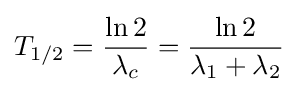
T_{1/2}={\frac {\ln 2}{\lambda _{c}}}={\frac {\ln 2}{\lambda _{1}+\lambda _{2}}}